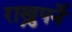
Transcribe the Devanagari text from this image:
राख्नुपर्ने